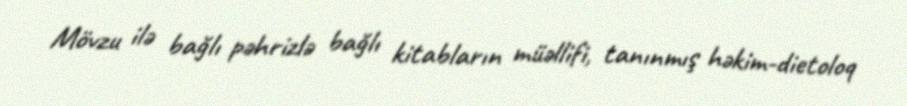
Mövzu ilə bağlı pəhrizlə bağlı kitabların müəllifi, tanınmış həkim-dietoloq